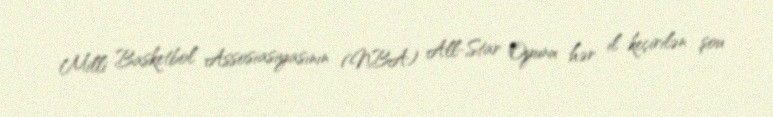
Milli Basketbol Assosiasiyasının (NBA) All-Star Oyunu hər il keçirilən şou